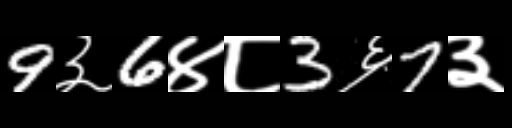
Text: 9३6४८3६7३